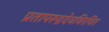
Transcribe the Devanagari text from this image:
प्रतापरूद्रदेवविरचित